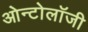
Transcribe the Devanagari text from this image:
ओन्टोलॉजी